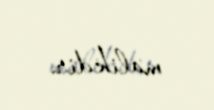
malikdir.